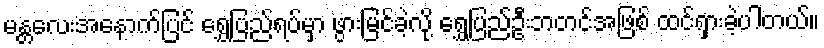
မန္တလေးအနောက်ပြင် ရွှေပြည်ရပ်မှာ ဖွားမြင်ခဲ့လို့ ရွှေပြည်ဦးဘတင်အဖြစ် ထင်ရှားခဲ့ပါတယ်။